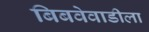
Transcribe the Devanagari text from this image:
बिबवेवाडीला